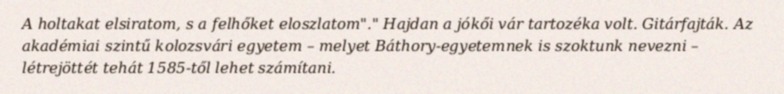
A holtakat elsiratom, s a felhőket eloszlatom"." Hajdan a jókői vár tartozéka volt. Gitárfajták. Az akadémiai szintű kolozsvári egyetem – melyet Báthory-egyetemnek is szoktunk nevezni – létrejöttét tehát 1585-től lehet számítani.